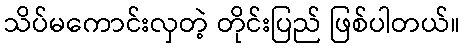
သိပ်မကောင်းလှတဲ့ တိုင်းပြည် ဖြစ်ပါတယ်။